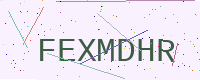
Text: FEXMDHR